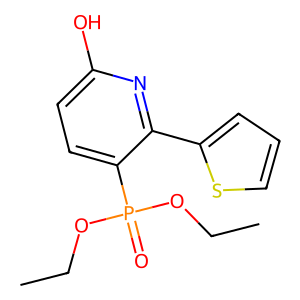
SMILES: CCOP(=O)(OCC)c1ccc(O)nc1-c1cccs1
Inhibits HIV replication: No